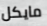
مايكل